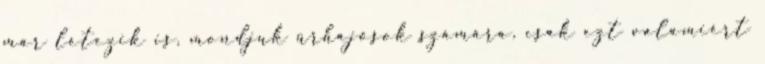
már létezik is, mondjuk űrhajósok számára, csak ezt valamiért